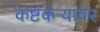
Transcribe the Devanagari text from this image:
कष्टकऱ्यांवर